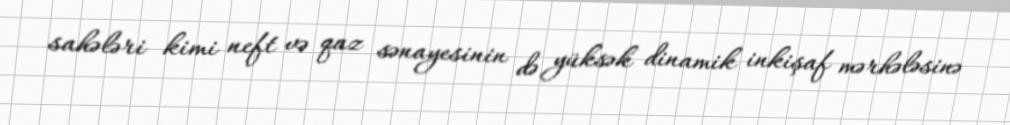
sahələri kimi neft və qaz sənayesinin də yüksək dinamik inkişaf mərhələsinə